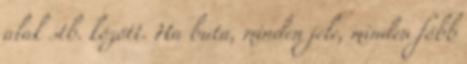
alak stb. között. Ha buta, minden jele, minden főbb